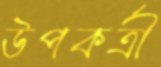
উপকর্ত্রী